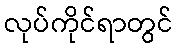
လုပ်ကိုင်ရာတွင်